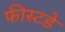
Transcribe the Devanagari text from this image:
फीस्टडे